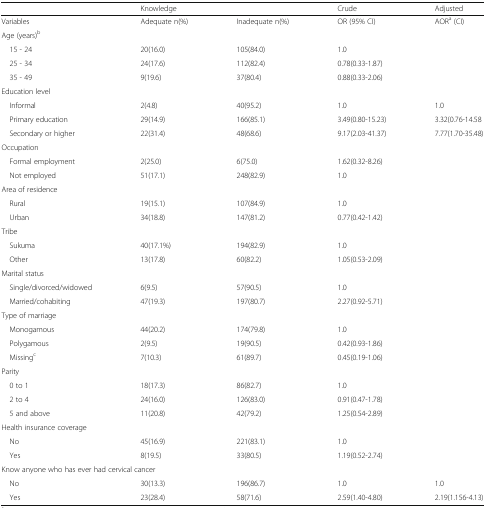
<table><thead><tr><td></td><td colspan="2"><b>Knowledge</b></td><td><b>Crude</b></td><td><b>Adjusted</b></td></tr></thead><tbody><tr><td>Variables</td><td>Adequate n(%)</td><td>Inadequate n(%)</td><td>OR (95% CI)</td><td>AOR<sup>a</sup> (CI)</td></tr><tr><td colspan="5">Age (years)<sup>b</sup></td></tr><tr><td> 15 - 24</td><td>20(16.0)</td><td>105(84.0)</td><td>1.0</td><td></td></tr><tr><td> 25 - 34</td><td>24(17.6)</td><td>112(82.4)</td><td>0.78(0.33-1.87)</td><td></td></tr><tr><td> 35 - 49</td><td>9(19.6)</td><td>37(80.4)</td><td>0.88(0.33-2.06)</td><td></td></tr><tr><td colspan="5">Education level</td></tr><tr><td> Informal</td><td>2(4.8)</td><td>40(95.2)</td><td>1.0</td><td>1.0</td></tr><tr><td> Primary education</td><td>29(14.9)</td><td>166(85.1)</td><td>3.49(0.80-15.23)</td><td>3.32(0.76-14.58</td></tr><tr><td> Secondary or higher</td><td>22(31.4)</td><td>48(68.6)</td><td>9.17(2.03-41.37)</td><td>7.77(1.70-35.48)</td></tr><tr><td colspan="5">Occupation</td></tr><tr><td> Formal employment</td><td>2(25.0)</td><td>6(75.0)</td><td>1.62(0.32-8.26)</td><td></td></tr><tr><td> Not employed</td><td>51(17.1)</td><td>248(82.9)</td><td>1.0</td><td></td></tr><tr><td colspan="5">Area of residence</td></tr><tr><td> Rural</td><td>19(15.1)</td><td>107(84.9)</td><td>1.0</td><td></td></tr><tr><td> Urban</td><td>34(18.8)</td><td>147(81.2)</td><td>0.77(0.42-1.42)</td><td></td></tr><tr><td colspan="5">Tribe</td></tr><tr><td> Sukuma</td><td>40(17.1%)</td><td>194(82.9)</td><td>1.0</td><td></td></tr><tr><td> Other</td><td>13(17.8)</td><td>60(82.2)</td><td>1.05(0.53-2.09)</td><td></td></tr><tr><td colspan="5">Marital status</td></tr><tr><td> Single/divorced/widowed</td><td>6(9.5)</td><td>57(90.5)</td><td>1.0</td><td></td></tr><tr><td> Married/cohabiting</td><td>47(19.3)</td><td>197(80.7)</td><td>2.27(0.92-5.71)</td><td></td></tr><tr><td colspan="5">Type of marriage</td></tr><tr><td> Monogamous</td><td>44(20.2)</td><td>174(79.8)</td><td>1.0</td><td></td></tr><tr><td> Polygamous</td><td>2(9.5)</td><td>19(90.5)</td><td>0.42(0.93-1.86)</td><td></td></tr><tr><td> Missing<sup>c</sup></td><td>7(10.3)</td><td>61(89.7)</td><td>0.45(0.19-1.06)</td><td></td></tr><tr><td colspan="5">Parity</td></tr><tr><td> 0 to 1</td><td>18(17.3)</td><td>86(82.7)</td><td>1.0</td><td></td></tr><tr><td> 2 to 4</td><td>24(16.0)</td><td>126(83.0)</td><td>0.91(0.47-1.78)</td><td></td></tr><tr><td> 5 and above</td><td>11(20.8)</td><td>42(79.2)</td><td>1.25(0.54-2.89)</td><td></td></tr><tr><td colspan="5">Health insurance coverage</td></tr><tr><td> No</td><td>45(16.9)</td><td>221(83.1)</td><td>1.0</td><td></td></tr><tr><td> Yes</td><td>8(19.5)</td><td>33(80.5)</td><td>1.19(0.52-2.74)</td><td></td></tr><tr><td colspan="5">Know anyone who has ever had cervical cancer</td></tr><tr><td> No</td><td>30(13.3)</td><td>196(86.7)</td><td>1.0</td><td>1.0</td></tr><tr><td> Yes</td><td>23(28.4)</td><td>58(71.6)</td><td>2.59(1.40-4.80)</td><td>2.19(1.156-4.13)</td></tr></tbody></table>